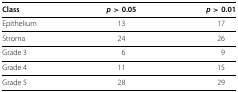
| Class | p> 0.05 | p> 0.01 |
 | --- | --- | --- |
 | Epithelium | 13 | 17 |
 | Stroma | 24 | 26 |
 | Grade 3 | 6 | 9 |
 | Grade 4 | 11 | 15 |
 | Grade 5 | 28 | 29 |